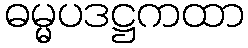
ဓမ္မပဒဋ္ဌကထာ